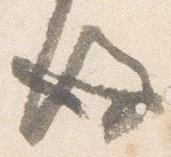
後